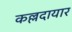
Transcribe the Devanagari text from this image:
कल्लदायार